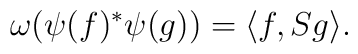
\omega (\psi(f)^* \psi(g)) = \langle f,Sg \rangle .